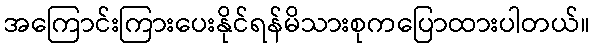
အကြောင်းကြားပေးနိုင်ရန်မိသားစုကပြောထားပါတယ်။